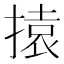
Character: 㨬